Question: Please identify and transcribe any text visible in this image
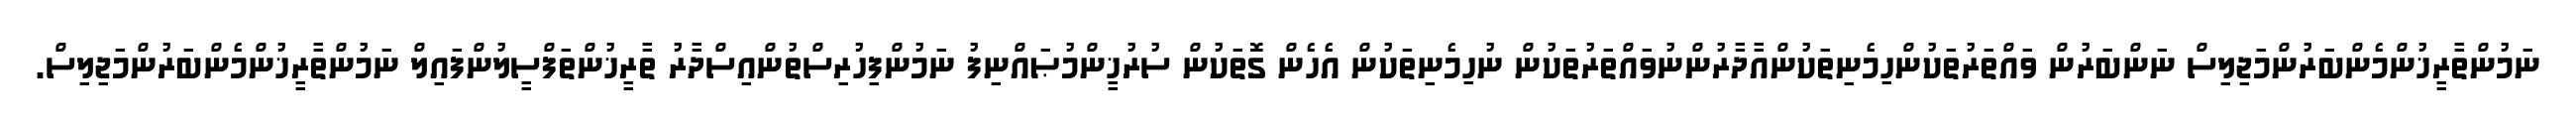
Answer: ނަމުންތާރީޚުންމެންބަރުންމަޖިލިސް ނަންބަރުން ވައްތަރުތަކުންހިމެނިތަކުންއާދާރުންނުވައްތަރުތަކުން ނުހިމެނިތަކުން އެހެން ގޮތަކުން ސުރުޚީންމުޞައްނިފު ނަމުންފިހުރިސްތުންއިސްދާރު ތާރީޚުންތަފްސީލުންފައިލް ނަމުންތާރީޚުންމެންބަރުންމަޖިލިސް.